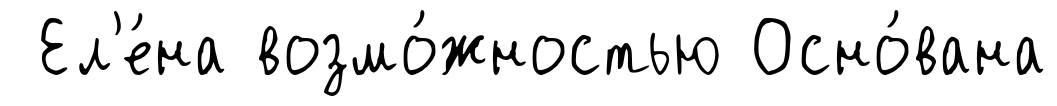
Ел'е́на возмо́жностью Осно́вана